画像に写った文字を読んでください
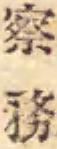
「察務」と書いてあります